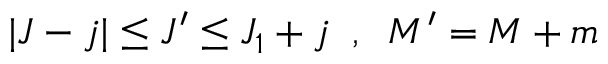
| J - j | \le J ^ { \prime } \le J _ { 1 } + j \; \; , \; \; M ^ { \prime } = M + m